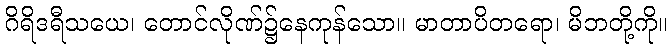
ဂိရိဒရီသယေ၊ တောင်လိုဏ်၌နေကုန်သော။ မာတာပိတရော၊ မိဘတို့ကို။